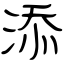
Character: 添